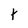
Character: t